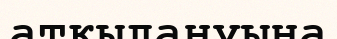
атқылануына